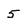
Character: 5